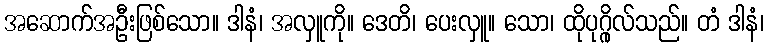
အဆောက်အဦးဖြစ်သော။ ဒါနံ၊ အလှူကို။ ဒေတိ၊ ပေးလှူ။ သော၊ ထိုပုဂ္ဂိုလ်သည်။ တံ ဒါနံ၊